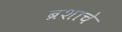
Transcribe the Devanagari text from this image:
ब्रशाचे